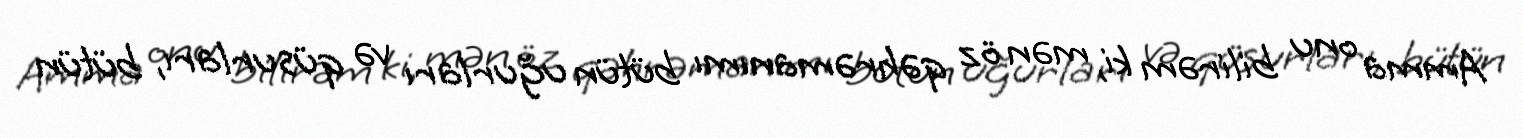
Amma onu bilirəm ki, mən öz qəhrəmanımı bütün uğurları və qüsurları, bütün